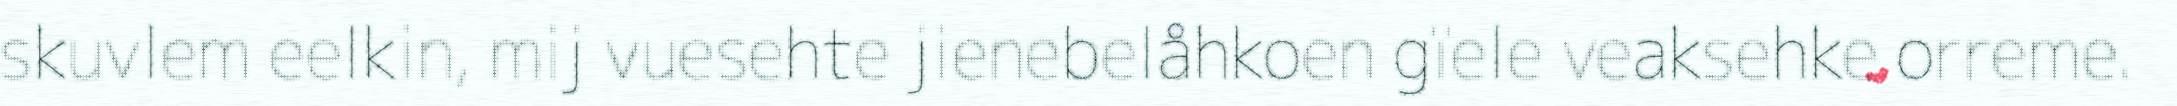
skuvlem eelkin, mij vuesehte jienebelåhkoen gïele veaksehke orreme.